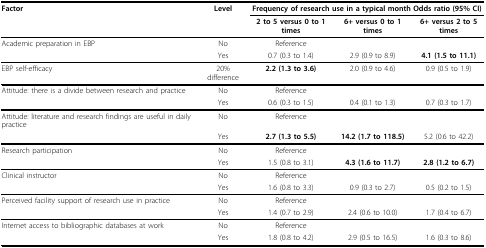
<table><thead><tr><td><b>Factor</b></td><td><b>Level</b></td><td colspan="3"><b>Frequency of research use in a typical month Odds ratio (95% CI)</b></td></tr><tr><td></td><td></td><td><b>2 to 5 versus 0 to 1 times</b></td><td><b>6+ versus 0 to 1 times</b></td><td><b>6+ versus 2 to 5 times</b></td></tr></thead><tbody><tr><td>Academic preparation in EBP</td><td>No</td><td>Reference</td><td></td><td></td></tr><tr><td></td><td>Yes</td><td>0.7 (0.3 to 1.4)</td><td>2.9 (0.9 to 8.9)</td><td><b>4.1 (1.5 to 11.1)</b></td></tr><tr><td>EBP self-efficacy</td><td>20% difference</td><td><b>2.2 (1.3 to 3.6)</b></td><td>2.0 (0.9 to 4.6)</td><td>0.9 (0.5 to 1.9)</td></tr><tr><td>Attitude: there is a divide between research and practice</td><td>No</td><td>Reference</td><td></td><td></td></tr><tr><td></td><td>Yes</td><td>0.6 (0.3 to 1.5)</td><td>0.4 (0.1 to 1.3)</td><td>0.7 (0.3 to 1.7)</td></tr><tr><td>Attitude: literature and research findings are useful in daily practice</td><td>No</td><td>Reference</td><td></td><td></td></tr><tr><td></td><td>Yes</td><td><b>2.7 (1.3 to 5.5)</b></td><td><b>14.2 (1.7 to 118.5)</b></td><td>5.2 (0.6 to 42.2)</td></tr><tr><td>Research participation</td><td>No</td><td>Reference</td><td></td><td></td></tr><tr><td></td><td>Yes</td><td>1.5 (0.8 to 3.1)</td><td><b>4.3 (1.6 to 11.7)</b></td><td><b>2.8 (1.2 to 6.7)</b></td></tr><tr><td>Clinical instructor</td><td>No</td><td>Reference</td><td></td><td></td></tr><tr><td></td><td>Yes</td><td>1.6 (0.8 to 3.3)</td><td>0.9 (0.3 to 2.7)</td><td>0.5 (0.2 to 1.5)</td></tr><tr><td>Perceived facility support of research use in practice</td><td>No</td><td>Reference</td><td></td><td></td></tr><tr><td></td><td>Yes</td><td>1.4 (0.7 to 2.9)</td><td>2.4 (0.6 to 10.0)</td><td>1.7 (0.4 to 6.7)</td></tr><tr><td>Internet access to bibliographic databases at work</td><td>No</td><td>Reference</td><td></td><td></td></tr><tr><td></td><td>Yes</td><td>1.8 (0.8 to 4.2)</td><td>2.9 (0.5 to 16.5)</td><td>1.6 (0.3 to 8.6)</td></tr></tbody></table>